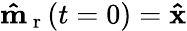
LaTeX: \mathbf{\hat{m}}_{\mathrm{~r~}}(t=0)=\mathbf{\hat{x}}